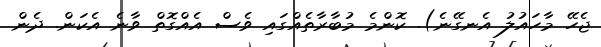
ޖެހޭ މާހައުލު އެނގޭނެ). ކޮންމެ މުބާރާތެއްގައި ވެސް އެއްގޮތް ވާނެ އެކަން. ދެން